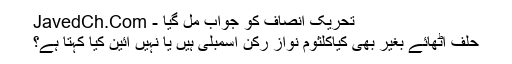
تحریک انصاف کو جواب مل گیا - JavedCh.Com
حلف اٹھائے بغیر بھی کیاکلثوم نواز رکن اسمبلی ہیں یا نہیں آئین کیا کہتا ہے؟